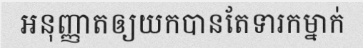
អនុញ្ញាតឲ្យយកបានតែទារកម្នាក់